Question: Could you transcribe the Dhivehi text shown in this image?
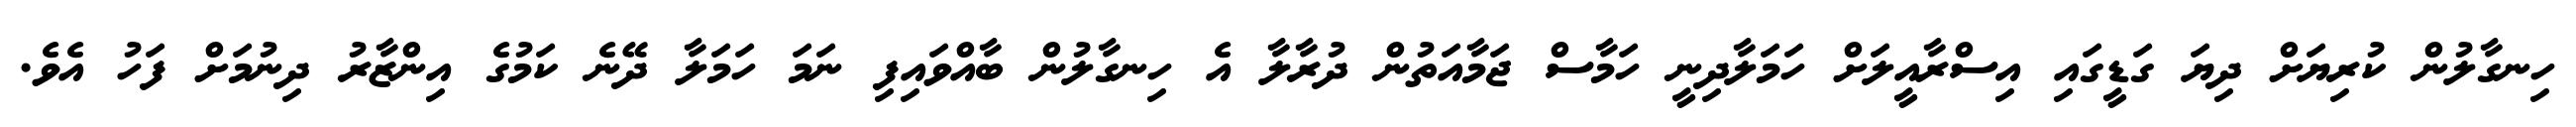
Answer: ހިނގާލުން ކުރިޔަށް ދިޔަ ގަޑީގައި އިސްރާއީލަށް ހަމަލާދިނީ ހަމާސް ޖަމާއަތުން ދުރާލާ އެ ހިނގާލުން ބާއްވައިފި ނަމަ ހަމަލާ ދޭނެ ކަމުގެ އިންޒާރު ދިނުމަށް ފަހު އެވެ.